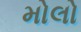
મોલો